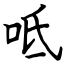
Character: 呧